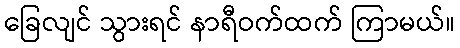
ခြေလျင် သွားရင် နာရီဝက်ထက် ကြာမယ်။